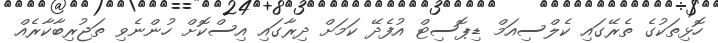
ހޮޅިތަކުގެ ތެރޭގައި ކެލްސިއަމް ޑިޕޮސިޓް އުފެދޭ ކަމަށް ދިރާގައި އިސްކޮށް ހުންނެވި ތަޖުރިބާކާރެއް